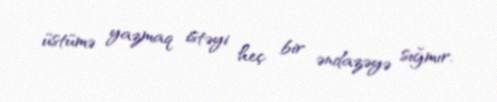
üstümə yazmaq istəyi heç bir əndazəyə sığmır.